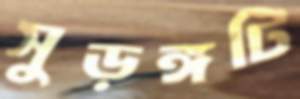
সুড়ঙ্গটি